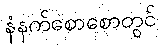
နံနက်စောစောတွင်